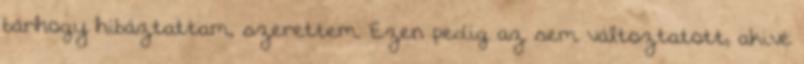
bárhogy hibáztattam, szerettem. Ezen pedig az sem változtatott, akivé